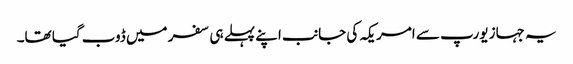
یہ جہاز یورپ سے امریکہ کی جانب اپنے پہلے ہی سفر میں ڈوب گیا تھا۔